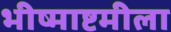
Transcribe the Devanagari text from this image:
भीष्माष्टमीला